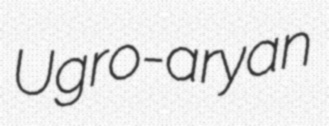
Ugro-aryan